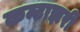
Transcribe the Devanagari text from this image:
कन्टाझरी